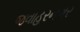
જવાહરનગર